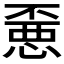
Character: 𰑼